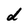
Character: d